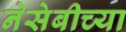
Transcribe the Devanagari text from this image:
नेसेबीच्या